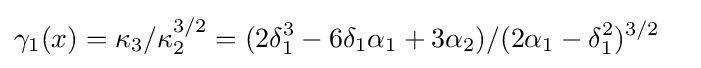
\gamma _{1}(x)=\kappa _{3}/\kappa _{2}^{3/2}=(2\delta _{1}^{3}-6\delta _{1}\alpha _{1}+3\alpha _{2})/(2\alpha _{1}-\delta _{1}^{2})^{3/2}\quad